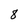
Character: 8